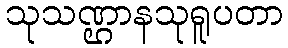
သုသဏ္ဌာနသုရူပတာ